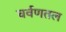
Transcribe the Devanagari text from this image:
चर्वणतल